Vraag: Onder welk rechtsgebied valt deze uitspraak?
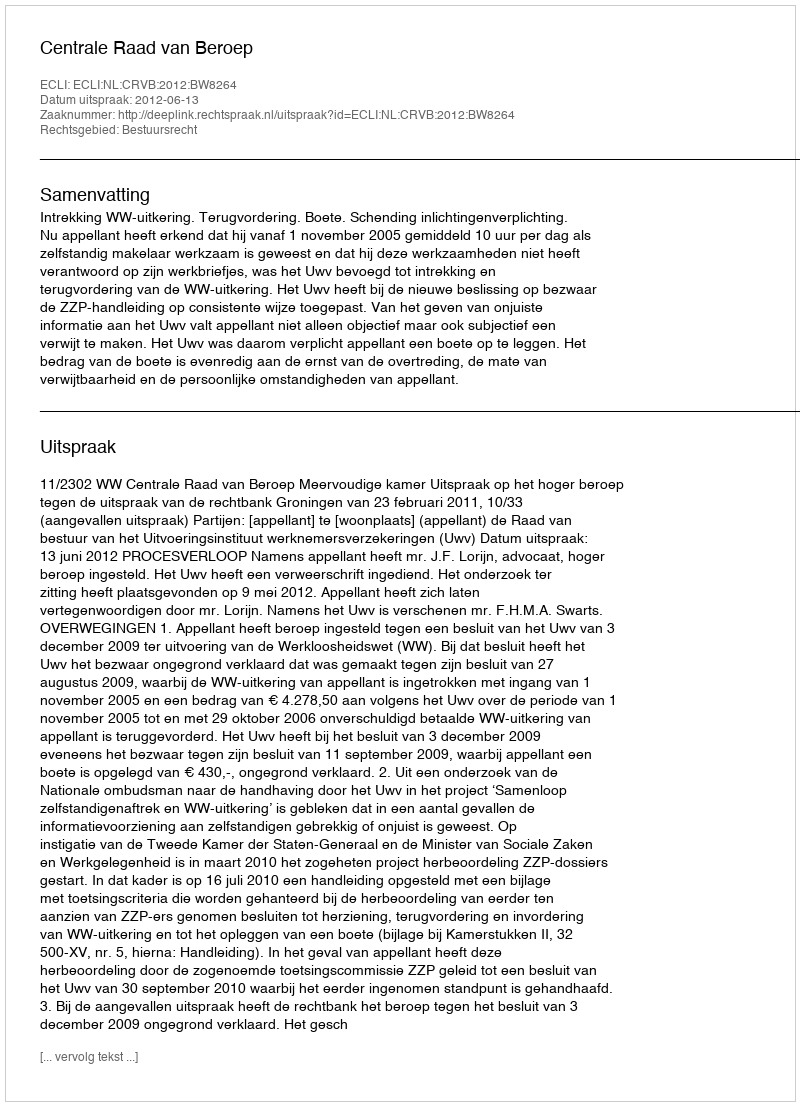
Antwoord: Bestuursrecht